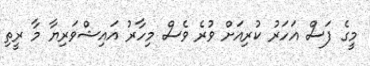
މީގެ ފަސް އަހަރު ކުރިއަށް ވުރެ ވެސް މިހާރު އައިޝްވަރިޔާ މާ ރީތި